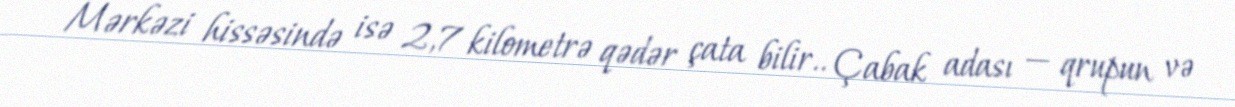
Mərkəzi hissəsində isə 2,7 kilometrə qədər çata bilir.. Çabak adası — qrupun və